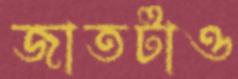
জাতটাও